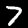
Digit: 7